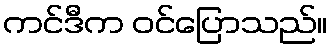
ကင်ဒီက ဝင်ပြောသည်။